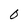
Character: 0